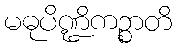
မဓုပိဏ္ဍိကဉ္စာတိ